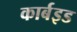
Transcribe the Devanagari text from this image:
कार्बइड